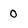
Character: 0